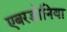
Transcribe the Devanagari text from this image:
एबरडोनिया